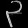
Digit: ၃